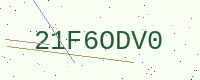
Text: 21F6ODV0